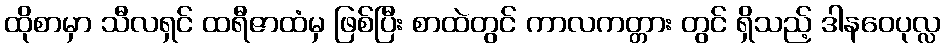
ထိုစာမှာ သီလရှင် ထရီဇာထံမှ ဖြစ်ပြီး စာထဲတွင် ကာလကတ္တား တွင် ရှိသည့် ဒါနဝေပုလ္လ